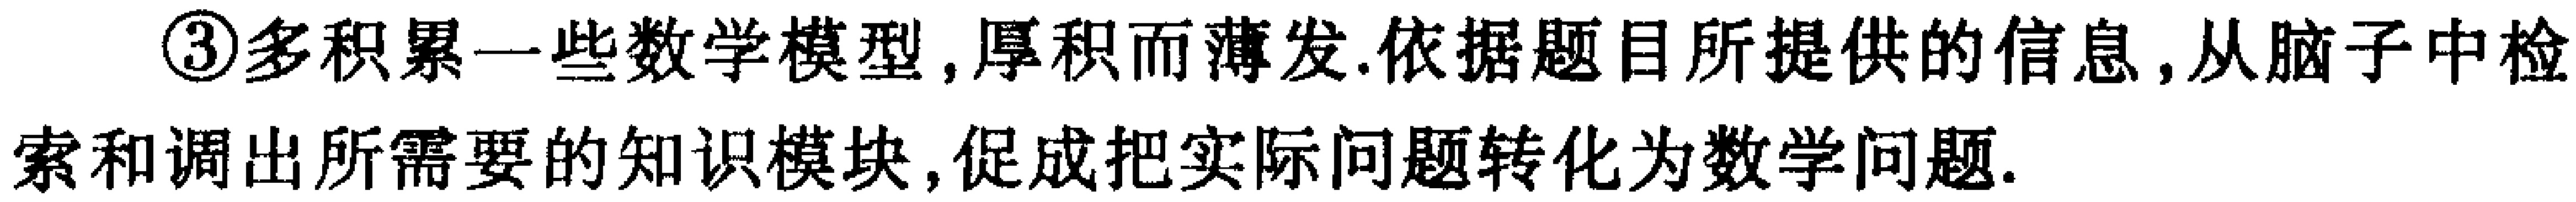
\textcircled{3}多积累一些数学模型,厚积而薄发.依据题目所提供的信息,从脑子中检索和调出所需要的知识模块,促成把实际问题转化为数学问题.